King Institute of Preventive Medicine Micro-Biological Section reports 1912-19
Year: 1912
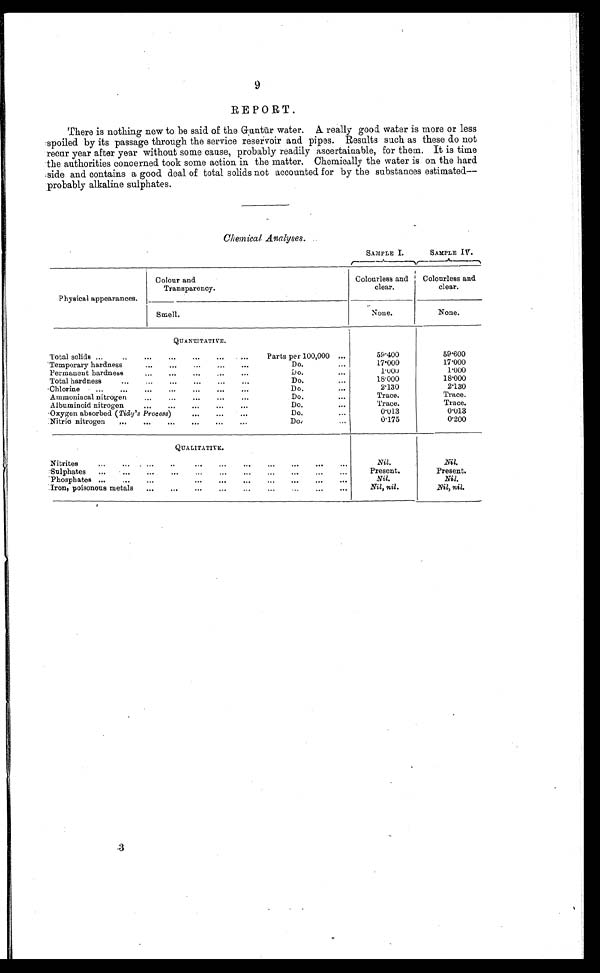
9
REPORT.
There is nothing new to be said of the Guntur water. A. really good water is more or less
spoiled by its passage through the service reservoir and pipes. Results such as these do not
recur year after year without some cause, probably readily ascertainable, for them. It is time
the authorities concerned took some action in the matter. Chemically the water is on the hard
side and contains a good deal of total solids not accounted for by the substances estimated
— p r o b a b l y a l k a l i n e s u l p h a t e s .
Chemical Analyses.
SAMPLE I.
SAMPLE IV.
Physical appearances.
Colour and
Transparency.
Colourless and
clear,
Colourless and
clear.
Smell.
None.
None.
QUANTITATIVE.
Total solids ...
..
...
...
...
...
Parts per 100,000 ...
59.400
59.600
Temporary hardness
...
...
...
...
Do. ...
17.000
17.000
Permanent hardness...
Do.
1.000
1.000
Total hardness
...
...
...
.
...
Do. ...
18.000
18.000
Chlorine
...
. . . ... .. ...
D o. ...
2.130
2.130
Ammoniacal nitrogen...
.
..
Do. ...
Trace.
Trace.
Albuminoid nitrogen,, ...
...
...
...
. ..
Do.
Trace.
Trace.
Oxygen absorbed ( Tidy's Process)
...
Do.
0.013
0.013
Nitric nitrogen
...
...
...
...
Do.
0.175
0.200
QUALITATIVE.
Nitrites
...
...
...
...
Nil.
Nil.
Sulphates ...
...
..,
...
...
Present.
Present.
Phosphates ...
...
...
...
...
...
...
...
......
...
...
Nil.
Nil.
Iron, poisonous metals ...
. ..
...
...
. .. ...
...
Nil, nil.
Nil, nil.